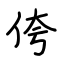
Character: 侉